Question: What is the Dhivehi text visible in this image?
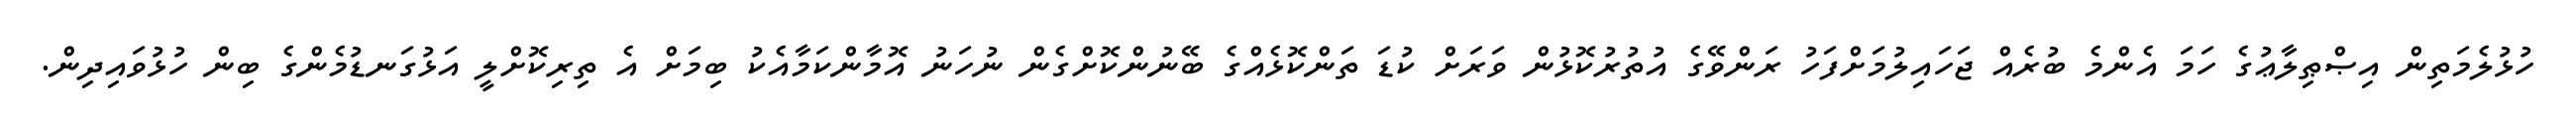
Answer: ހުޅުލެމަތިން އިޞްޠިލާޢުގެ ހަމަ އެންމެ ބުރެއް ޖަހައިލުމަށްފަހު ރަންވޭގެ އުތުރުކޮޅުން ވަރަށް ކުޑަ ތަންކޮޅެއްގެ ބޭނުންކޮށްގެން ނުހަނު އޮމާންކަމާއެކު ބިމަށް އެ ތިރިކޮށްލީ އަޅުގަނޑުމެންގެ ބިން ހުޅުވައިދިން.